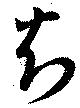
知